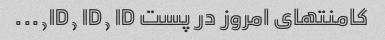
کامنتهای امروز در پست ID, ID, ID,...